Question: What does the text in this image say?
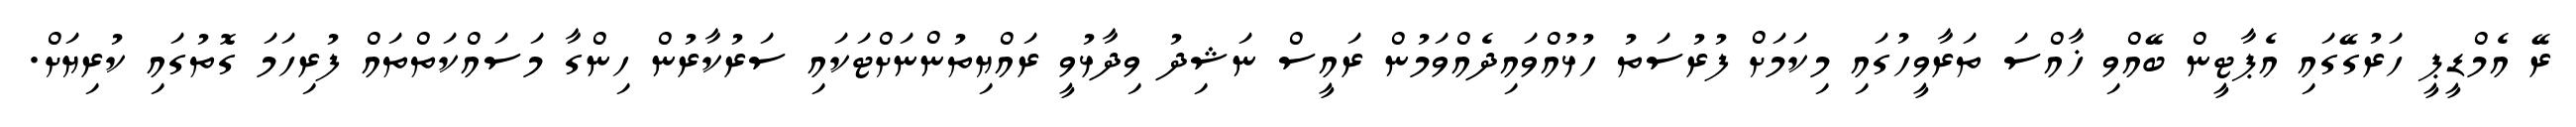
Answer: ރޭ އެމްޑީޕީ ހަރުގޭގައި އެޕާޓީން ބޭއްވި ޚާއްސަ ތަރާވީހުގައި މިކަމަށް ފުރުސަތު ހުޅުއްވައިދެއްވަމުން ރައީސް ނަޝިދު ވިދާޅުވީ ރައްޔިތުންނަށްޓަކައި ސަރުކާރުން ހިންގާ މަސައްކަތްތައް ފުރިހަމަ ގޮތުގައި ކުރިޔަށް.